Vaccine operations Central Provinces & Berar 1922-1929 - 1922-1929
Year: 1922
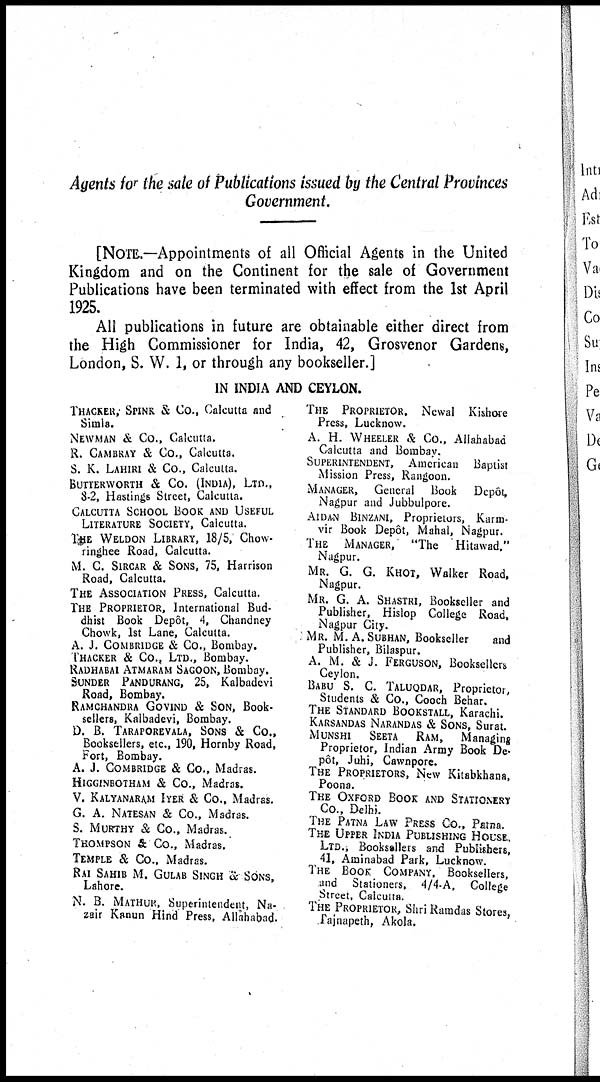
Agents for the sale of Publications issued by the Central Provinces
Government.
[NOTE.—Appointments of all Official Agents in the United
Kingdom and on the Continent for the sale of Government
Publications have been terminated with effect from the 1st April
1925.
All publications in future are obtainable either direct from
the High Commissioner for India, 42, Grosvenor Gardens,
London, S. W. 1, or through any bookseller.]
IN INDIA AND CEYLON.
THACKER; SPINK & Co., Calcutta and
Simla.
NEWMAN & Co., Calcutta.
R. CAMBRAY & Co., Calcutta.
S. K. LAHIRI & Co., Calcutta.
BUTTERWORTH & CO. (INDIA), LTD.,
8-2, Hastings Street, Calcutta.
CALCUTTA SCHOOL BOOK AND USEFUL
LITERATURE SOCIETY, Calcutta.
THE WELDON LIBRARY, 18/5, Chow¬
ringhee Road, Calcutta.
M. C. SIRCAR & SONS, 75, Harrison
Road, Calcutta.
THE ASSOCIATION PRESS, Calcutta.
THE PROPRIETOR, International Bud-
dhist Book Depôt, 4, Chandney
Chowk, 1st Lane, Calcutta.
A. J. COMBRIDGE & Co., Bombay.
THACKER & Co., LTD., Bombay.
RADHABAI ATMARAM SAGOON, Bombay.
SUNDER PANDURANG, 25, Kalbadevi
Road, Bombay.
RAMCHANDRA GOVIND & SON, Book-
sellers, Kalbadevi, Bombay.
D. B. TARAPOREVALA, SONS & Co.,
Booksellers, etc., 190, Hornby Road,
Fort, Bombay.
A. J. COMBRIDGE & Co., Madras.
HIGGINBOTHAM & Co., Madras.
V. KALYANARAM IYER & Co., Madras.
G. A. NATESAN & Co., Madras.
S. MURTHY & Co., Madras.
THOMPSON & Co., Madras.
TEMPLE & Co., Madras.
RAI SAHIB M. GULAB SINGH & SONS,
Lahore.
N. B. MATHUR, Superintendent, Na¬
zair Kanun Hind Press, Allahabad.
THE PROPRIETOR. Newal Kishore
Press, Lucknow.
A. H. WHEELER & Co., Allahabad
Calcutta and Bombay.
SUPERINTENDENT, American Baptist
Mission Press, Rangoon.
MANAGER, General
Book
Depôt,
Nagpur and Jubbulpore.
AIDAN BINZANI, Proprietors, Karm¬
vir Book Depôt, Mahal, Nagpur.
THE MANAGER, "The
Hitawad."
Nagpur.
MR. G. G. KHOT, Walker Road,
Nagpur.
MR. G. A. SHASTRI, Bookseller and
Publisher, Hislop College Road,
Nagpur City.
MR. M. A. SUBHAN, Bookseller
and
Publisher, Bilaspur.
A. M. & J. FERGUSON, Booksellers
Ceylon.
BABU S. C. TALUQDAR, Proprietor,
Students & Co., Cooch Behar.
THE STANDARD BOOKSTALL, Karachi.
KARSANDAS NARANDAS & SONS, Surat.
MUNSHI
SEETA RAM,
Managing
Proprietor, Indian Army Book De-
pôt, Juhi, Cawnpore.
THE PROPRIETORS, New Kitabkhana,
Poona.
THE OXFORD BOOK AND STATIONERY
Co., Delhi.
THE PATNA LAW PRESS Co., Patna.
THE UPPER INDIA PUBLISHING HOUSE.
LTD., Booksellers and Publishers,
41, Aminabad Park, Lucknow.
THE BOOK COMPANY, Booksellers,
and Stationers, 4/4-A, College
Street, Calcutta.
THE PROPRIETOR, Shri Ramdas Stores,
Pajnapeth, Akola.